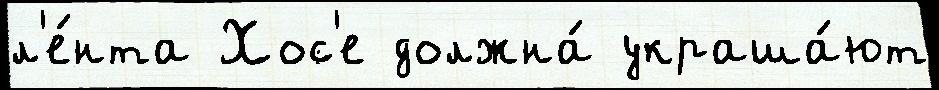
л'е́нта Хос'е должна́ украша́ют